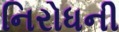
નિરોધની